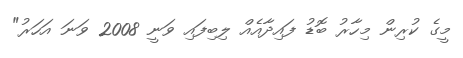
މީގެ ކުރިން މިހާރު ބޮޑު ފައިދާއެއް ލިބިފައި ވަނީ 2008 ވަނަ އަހަރު"